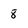
Character: 8